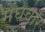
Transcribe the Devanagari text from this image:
मेंघवार